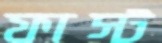
ফাস্ট